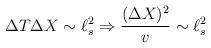
LaTeX: \begin{align*}\Delta T \Delta X \sim \ell_s^2 \Rightarrow{(\Delta X)^2 \over v} \sim \ell_s^2\end{align*}